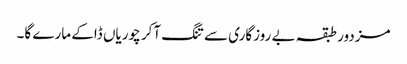
مزدور طبقہ بے روزگاری سے تنگ آکر چوریاں ڈاکے مارے گا۔